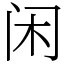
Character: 闲